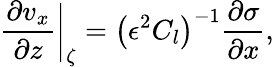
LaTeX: \frac{\partial v_{x}}{\partial z}\bigg\vert_{\zeta}=\left(\epsilon^{2}C_{l}\right)^{-1}\frac{\partial\sigma}{\partial x},